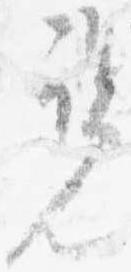
覧